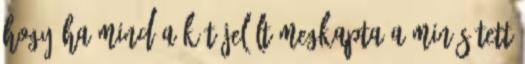
hogy ha mind a két jelölt megkapta a minősített